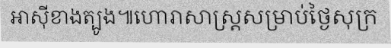
អាស៊ីខាងត្បូង៕ហោរាសាស្ត្រសម្រាប់ថ្ងៃសុក្រ